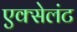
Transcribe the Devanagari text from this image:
एक्सेलंट